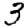
Digit: 3